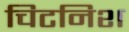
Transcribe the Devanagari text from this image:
चिटनिश